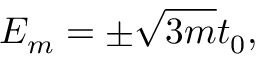
E _ { m } = \pm \sqrt { 3 m } t _ { 0 } ,